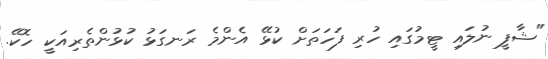
"ޝާފީ ނުލައި ޓީމުގައި ހުރި ފަހަތަށް ކުޅޭ އެންމެ ރަނގަޅު ކުޅުންތެރިއަކީ ހޮކޭ.